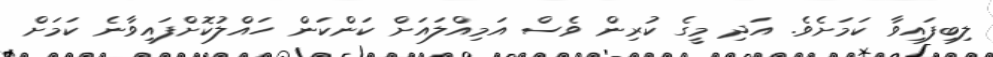
ލިބިފައިވާ ކަމަށެވެ. އަދި މީގެ ކުރިން ވެސް އަމިއްލައަށް ކަންކަން ހައްލުކޮށްފައިވާނެ ކަމަށް